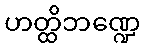
ဟတ္ထိဘဏ္ဍေ